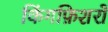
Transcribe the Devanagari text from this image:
किंगफ़िशरों